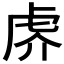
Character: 𰲙